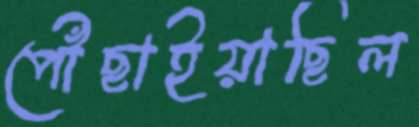
পৌঁছাইয়াছিল